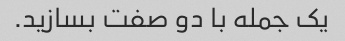
یک جمله با دو صفت بسازید.